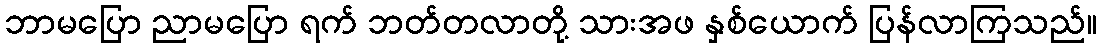
ဘာမပြော ညာမပြော ရက် ဘတ်တလာတို့ သားအဖ နှစ်ယောက် ပြန်လာကြသည်။